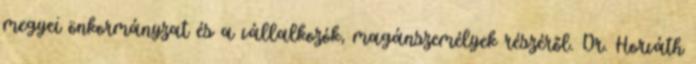
megyei önkormányzat és a vállalkozók, magánszemélyek részéről. Dr. Horváth